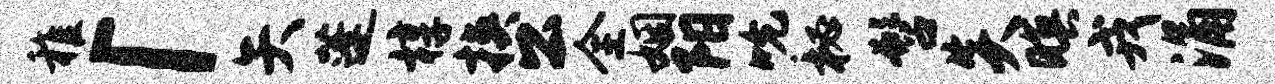
稚「矢蓬椁挟公全姻阳吮秘髫炎暝戎涌